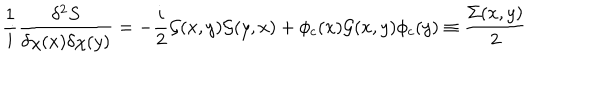
\frac { 1 } { i } \frac { \delta ^ { 2 } S } { \delta \chi ( x ) \delta \chi ( y ) } = - \frac { i } { 2 } { \cal G } ( x , y ) { \cal G } ( y , x ) + \phi _ { c } ( x ) { \cal G } ( x , y ) \phi _ { c } ( y ) \equiv \frac { \Sigma ( x , y ) } { 2 }